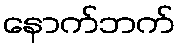
နောက်ဘက်